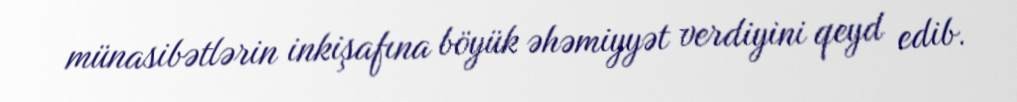
münasibətlərin inkişafına böyük əhəmiyyət verdiyini qeyd edib.